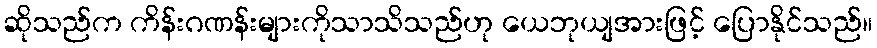
ဆိုသည်က ကိန်းဂဏန်းများကိုသာသိသည်ဟု ယေဘုယျအားဖြင့် ပြောနိုင်သည်။